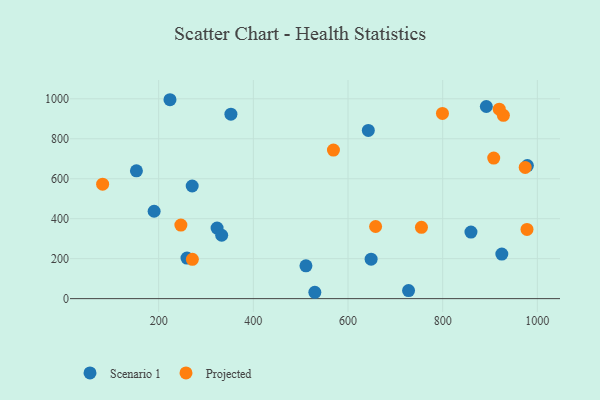
{"axis": {"x": "Speed", "y": "Yield"}, "legend": ["Projected", "Scenario 1"], "data": [{"x": "190.4", "y": 437.4, "type": "Scenario 1"}, {"x": "642.9", "y": 842.0, "type": "Scenario 1"}, {"x": "270.8", "y": 563.7, "type": "Scenario 1"}, {"x": "352.6", "y": 923.0, "type": "Scenario 1"}, {"x": "259.8", "y": 203.0, "type": "Scenario 1"}, {"x": "924.9", "y": 223.2, "type": "Scenario 1"}, {"x": "648.8", "y": 197.4, "type": "Scenario 1"}, {"x": "859.7", "y": 333.1, "type": "Scenario 1"}, {"x": "323.4", "y": 353.3, "type": "Scenario 1"}, {"x": "223.9", "y": 995.4, "type": "Scenario 1"}, {"x": "529.9", "y": 31.8, "type": "Scenario 1"}, {"x": "333.1", "y": 317.1, "type": "Scenario 1"}, {"x": "153.0", "y": 639.8, "type": "Scenario 1"}, {"x": "727.9", "y": 40.3, "type": "Scenario 1"}, {"x": "511.1", "y": 164.4, "type": "Scenario 1"}, {"x": "892.2", "y": 961.4, "type": "Scenario 1"}, {"x": "978.9", "y": 665.8, "type": "Scenario 1"}, {"x": "799.5", "y": 927.0, "type": "Projected"}, {"x": "271.2", "y": 196.9, "type": "Projected"}, {"x": "658.3", "y": 360.9, "type": "Projected"}, {"x": "928.2", "y": 917.3, "type": "Projected"}, {"x": "81.6", "y": 572.8, "type": "Projected"}, {"x": "919.5", "y": 948.2, "type": "Projected"}, {"x": "569.2", "y": 743.4, "type": "Projected"}, {"x": "978.1", "y": 346.4, "type": "Projected"}, {"x": "755.1", "y": 356.6, "type": "Projected"}, {"x": "974.3", "y": 656.5, "type": "Projected"}, {"x": "907.8", "y": 703.3, "type": "Projected"}, {"x": "246.9", "y": 368.2, "type": "Projected"}]}